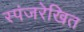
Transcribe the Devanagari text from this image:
स्पंजरेखित